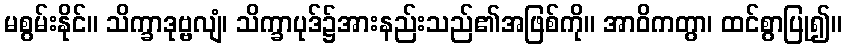
မစွမ်းနိုင်။ သိက္ခာဒုဗ္ဗလျံ၊ သိက္ခာပုဒ်၌အားနည်းသည်၏အဖြစ်ကို။ အာဝိကတွာ၊ ထင်စွာပြု၍။